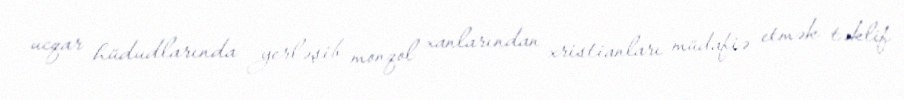
ucqar hüdudlarında yerləşib monqol xanlarından xristianları müdafiə etmək təklif